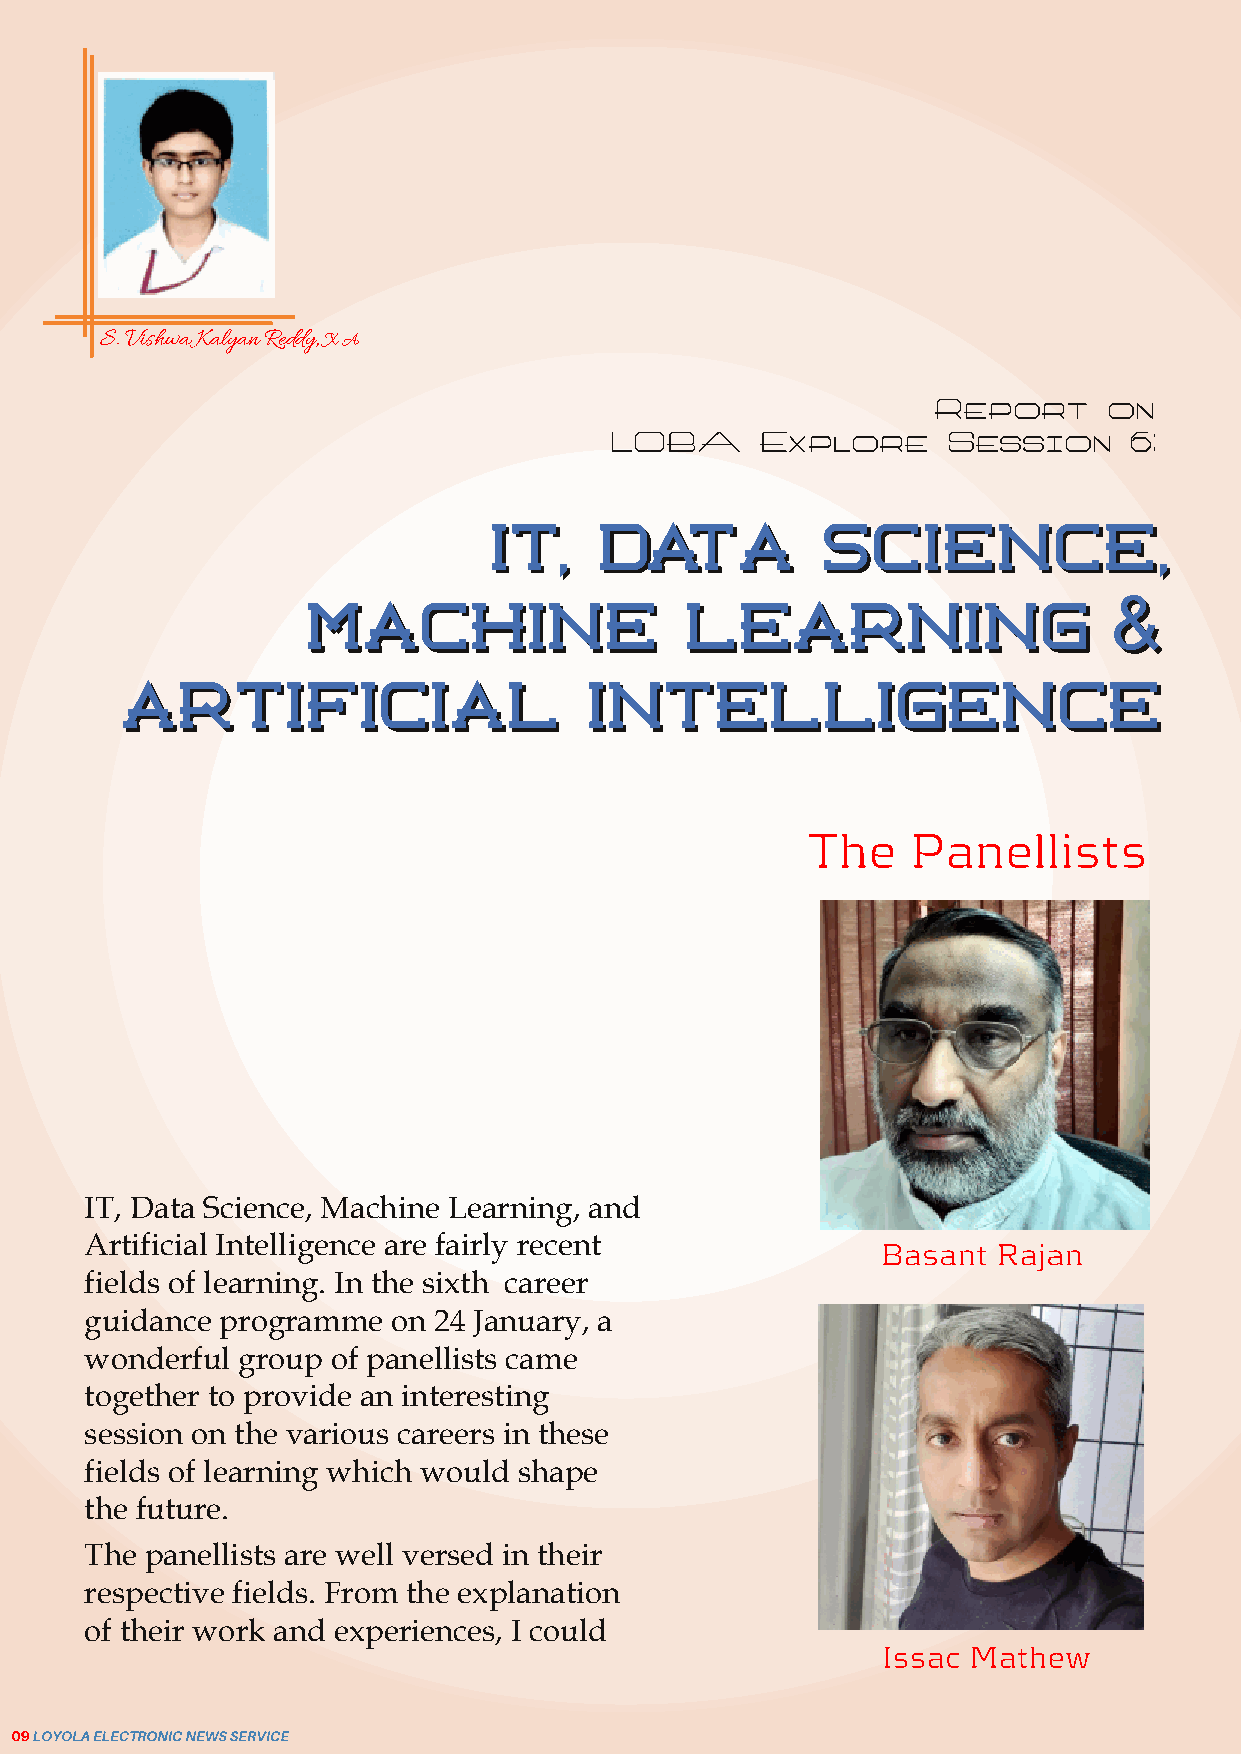
S.VishwaKalyanReddy,XA
 Report     on
 LOBA      Explore      Session     6:
 IITT,, DDAATTAA       SSCCIIEENNCCEE,,
 MMAACCHHIINNEE           LLEEAARRNNIINNGG
 AARRTTIIFFIICCIIAALL           IINNTTEELLLLIIGGEENNCCEE
 The   Panellists
 IT, Data Science, Machine Learning, and
 Artificial Intelligence are fairly recent
 Basant  Rajan
 fields of learning. In the sixth career
 guidance programme  on 24 January, a
 wonderful group of panellists came
 together to provide an interesting
 session on the various careers in these
 fields of learning which would shape
 the future.
 The panellists are well versed in their
 respective fields. From the explanation
 of their work and experiences, I could
 Issac Mathew
 09LOYOLAELECTRONICNEWSSERVICE